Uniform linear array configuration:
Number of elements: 4
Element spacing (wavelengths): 0.25
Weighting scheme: hamming
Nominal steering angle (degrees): -15
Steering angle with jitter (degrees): -16.783
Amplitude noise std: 0.05
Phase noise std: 0.05

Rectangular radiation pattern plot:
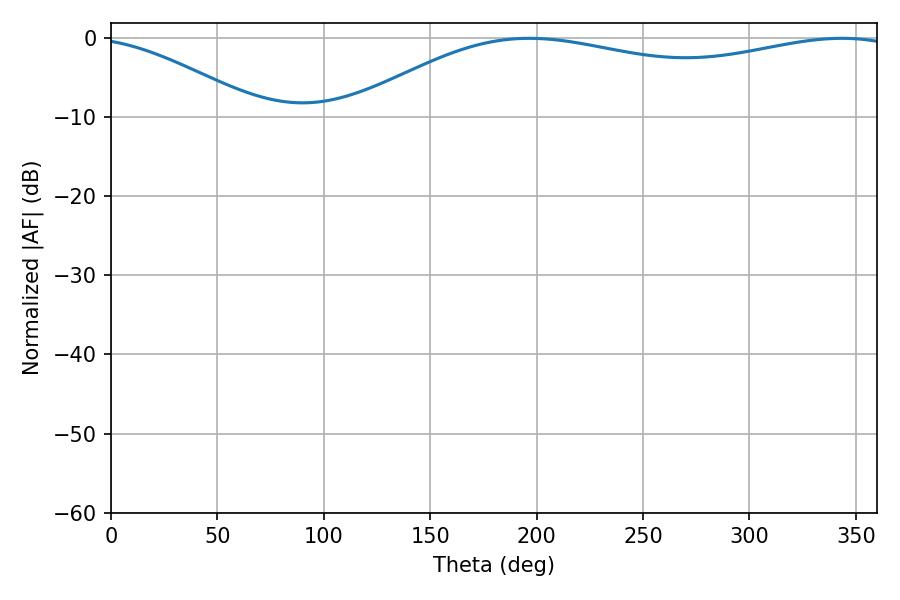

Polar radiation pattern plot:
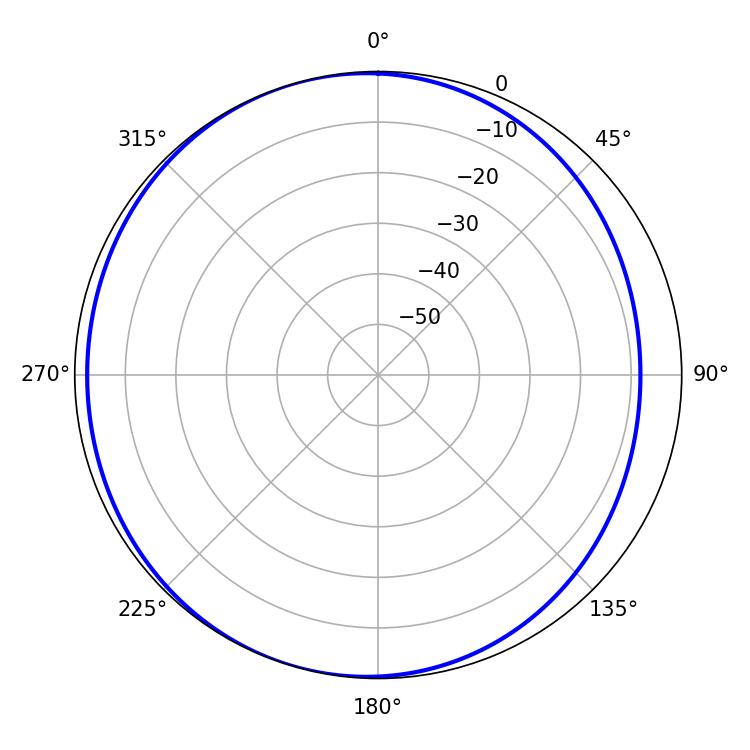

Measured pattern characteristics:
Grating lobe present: FALSE
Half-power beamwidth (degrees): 210.6
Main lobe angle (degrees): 196.56